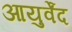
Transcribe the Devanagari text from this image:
आयुर्वेंद